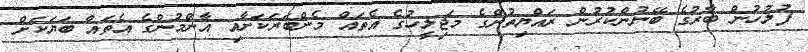
ފުލުހުން ބާރުގެ ބޭނުންކުރުން ރައްޔިތުންގެ މަޖިލީހުގެ އެތައް މެންބަރަކަށާއި އާންމުންގެ އެތައް ބަޔަކަށް